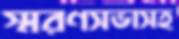
স্মরণসভাসহ